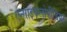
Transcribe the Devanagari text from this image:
एन्साइकलोपीडिया